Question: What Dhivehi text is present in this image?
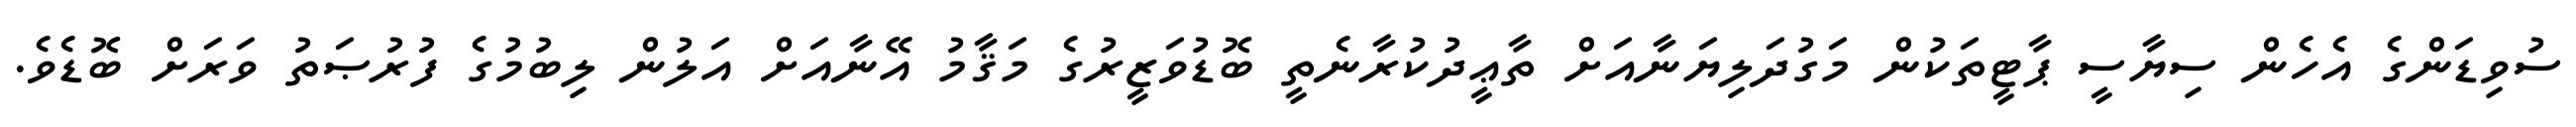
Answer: ސުވިޑަންގެ އެހެން ސިޔާސީ ޕާޓީތަކުން މަގުދަލިޔަނާއަށް ތާޢީދުކުރާނެތީ ބޮޑުވަޒީރުގެ މަޤާމު އޭނާއަށް އަލުން ލިބުމުގެ ފުރުޞަތު ވަރަށް ބޮޑެވެ.